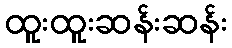
ထူးထူးဆန်းဆန်း